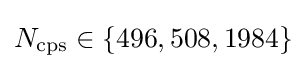
N_{\mathrm {cps} }\in \{496,508,1984\}